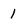
Character: 1